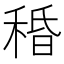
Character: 𥟴